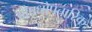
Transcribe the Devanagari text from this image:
औषधोपचारिक